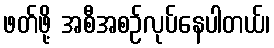
ဖတ်ဖို့ အစီအစဉ်လုပ်နေပါတယ်၊